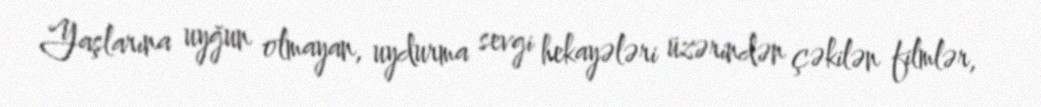
Yaşlarına uyğun olmayan, uydurma sevgi hekayələri üzərindən çəkilən filmlər,